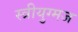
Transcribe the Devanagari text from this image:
स्त्रीयुग्मज